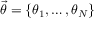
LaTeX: \vec { \theta } = \{ \theta _ { 1 } , \ldots , \theta _ { N } \}